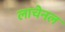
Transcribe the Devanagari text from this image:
लाचेनल